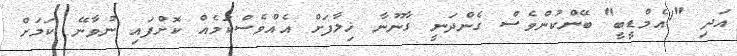
އަދި "1އެމްޑީބީ" ބޭންކުންވެސް ގެންދަނީ ގާނޫނާ ޚިލާފަށް އެއްވެސްކަމެއް ކޮށްފައި ނުވާނޭ ކަމަށް